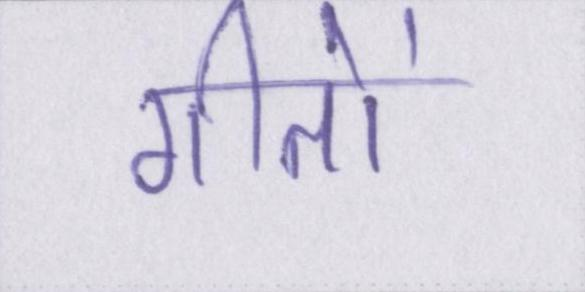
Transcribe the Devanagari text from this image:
गीतों